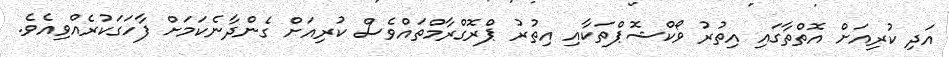
އަދި ކުރިއަށް އޮތްތާގައި އިތުރު ވޯކްޝޮޕްތަކާއި އިތުރު ޕްރޮގްރާމްތައްވެސް ކުރިއަށް ގެންދާނެކަމަށް ފާހަގަކުރެއްވިއެވެ.